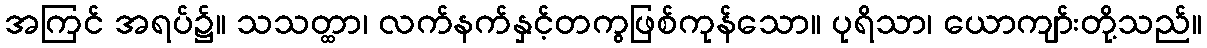
အကြင် အရပ်၌။ သသတ္ထာ၊ လက်နက်နှင့်တကွဖြစ်ကုန်သော။ ပုရိသာ၊ ယောကျာ်းတို့သည်။